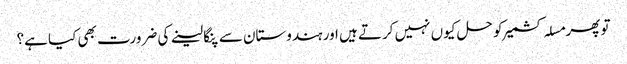
تو پھر مسلہ کشمیر کو حل کیوں نہیں کرتے ہیں اور ہندوستان سے پنگا لینے کی ضرورت بھی کیا ہے؟